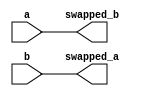
module swap_with_temporary(
  input wire a, b,
  output wire swapped_a, swapped_b
);
  reg temp;

  always @(*) begin
    temp = a;
    swapped_a = b;
    swapped_b = temp;
  end

endmodule